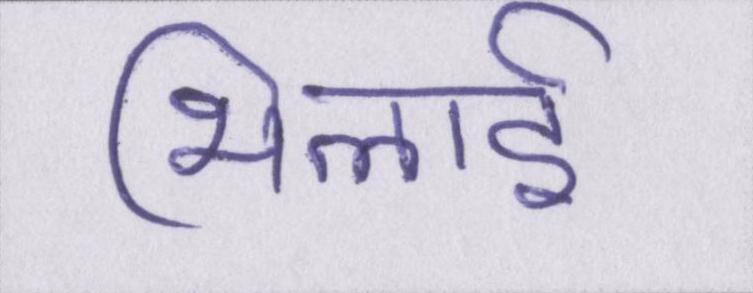
भिलाई